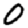
Digit: 0